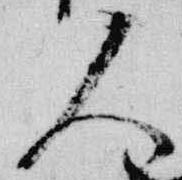
人